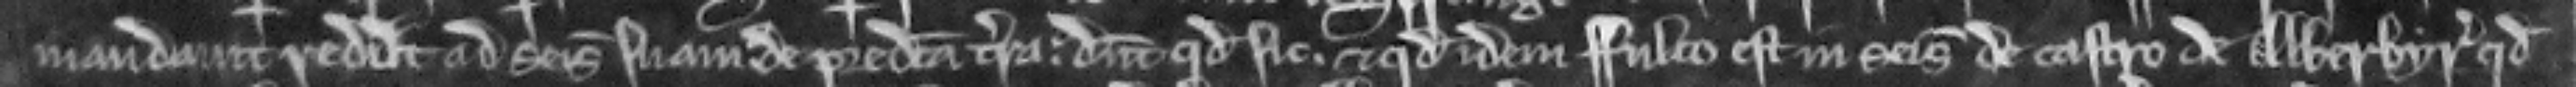
mandavit rediit ad seisinam suam de predicta terra. dicunt quod sic. et quod idem Fulco est in seisina de castro de Alberbyr quod